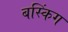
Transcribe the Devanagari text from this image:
बस्किंग